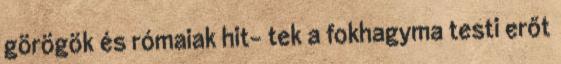
görögök és rómaiak hit- tek a fokhagyma testi erőt